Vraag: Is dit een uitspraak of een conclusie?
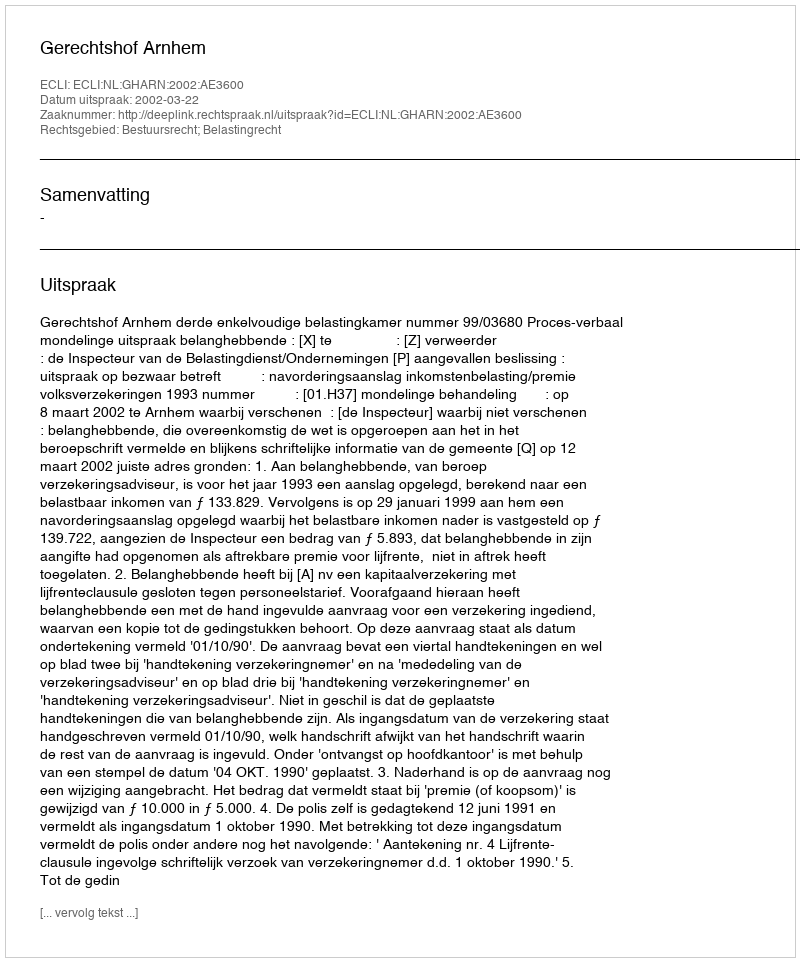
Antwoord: Uitspraak